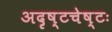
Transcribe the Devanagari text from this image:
अदृष्टचेष्टः